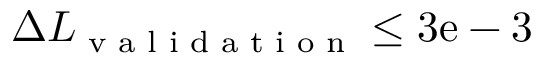
\Delta L _ { \textrm { v a l i d a t i o n } } \leq 3 \mathrm { e } - 3